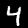
Label: 4